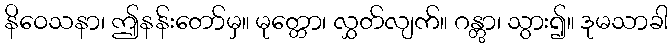
နိဝေသနာ၊ ဤနန်းတော်မှ။ မုတ္တော၊ လွှတ်လျက်။ ဂန္တွာ၊ သွား၍။ ဒုမသာခါ